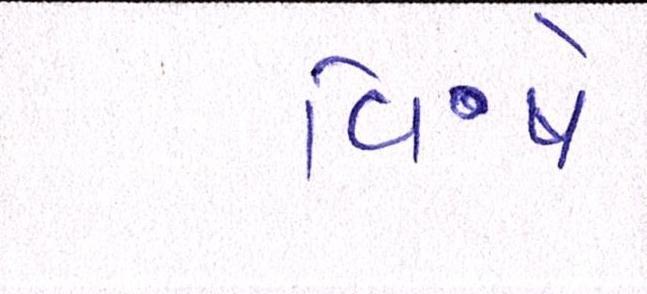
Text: વિષે